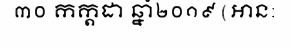
៣០ កក្តដា ឆ្នាំ២០១៩ (អាន: